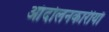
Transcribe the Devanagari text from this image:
आंदोलनकारीयाँ